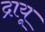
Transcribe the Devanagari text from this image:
द्रायू